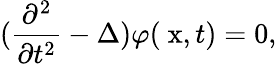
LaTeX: (\frac{\partial^{2}}{\partial t^{2}}-\Delta)\varphi(\mathrm{\mathbf~x},t)=0,